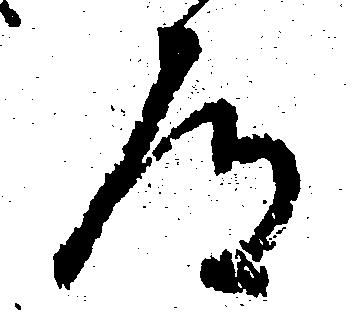
道